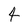
Character: 4